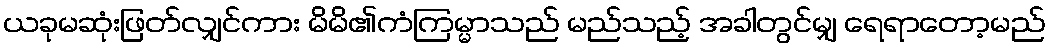
ယခုမဆုံးဖြတ်လျှင်ကား မိမိ၏ကံကြမ္မာသည် မည်သည့် အခါတွင်မျှ ရေရာတော့မည်